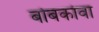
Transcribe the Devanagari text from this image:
बोबकोवा